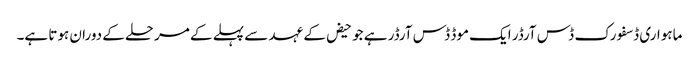
ماہواری ڈسفورک ڈس آرڈر ایک موڈ ڈس آرڈر ہے جو حیض کے عہد سے پہلے کے مرحلے کے دوران ہوتا ہے۔